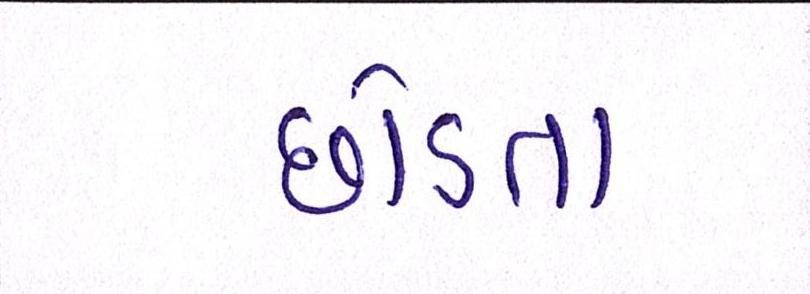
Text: છોડતા